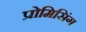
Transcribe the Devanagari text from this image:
प्रोमिसिंग